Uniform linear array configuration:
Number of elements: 24
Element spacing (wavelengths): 1
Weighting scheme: binomial
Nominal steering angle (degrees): -60
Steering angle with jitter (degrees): -58.754
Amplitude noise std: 0.05
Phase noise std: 0.05

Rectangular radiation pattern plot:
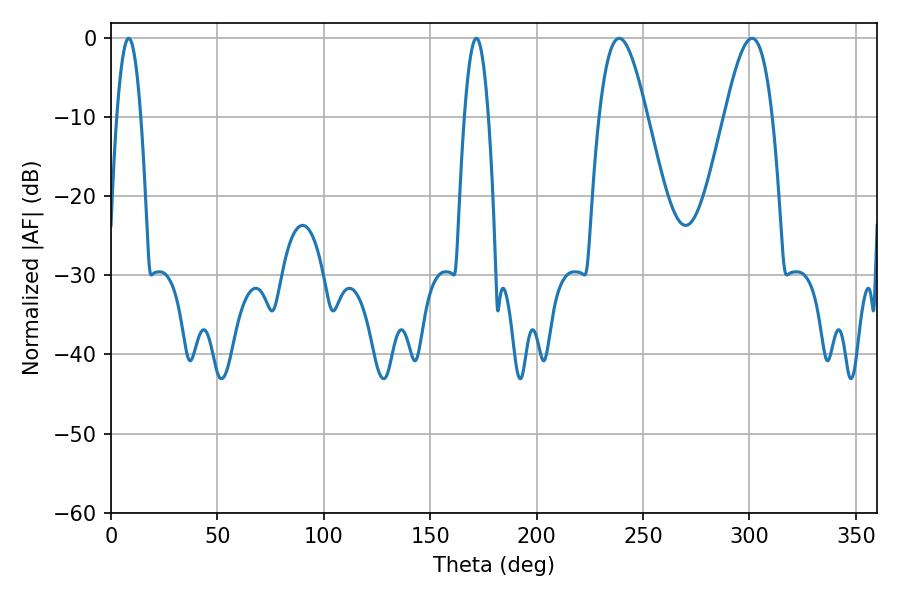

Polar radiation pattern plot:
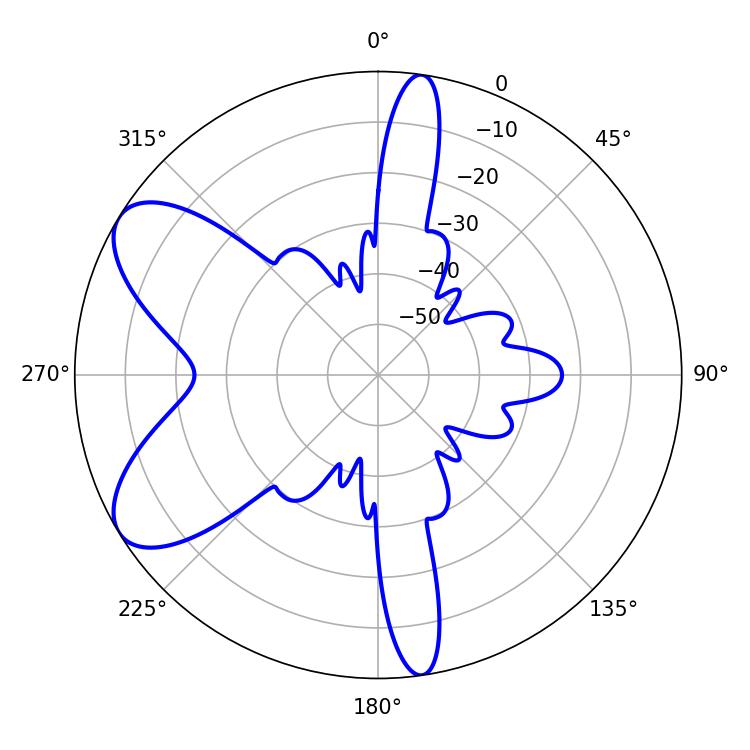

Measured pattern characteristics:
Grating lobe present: TRUE
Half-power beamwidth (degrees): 12.06
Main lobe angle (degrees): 238.86